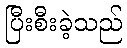
ပြီးစီးခဲ့သည်